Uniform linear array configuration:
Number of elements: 48
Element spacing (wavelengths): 0.25
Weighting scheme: hann
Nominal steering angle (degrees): -60
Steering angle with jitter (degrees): -59.16
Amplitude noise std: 0.05
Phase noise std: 0.05

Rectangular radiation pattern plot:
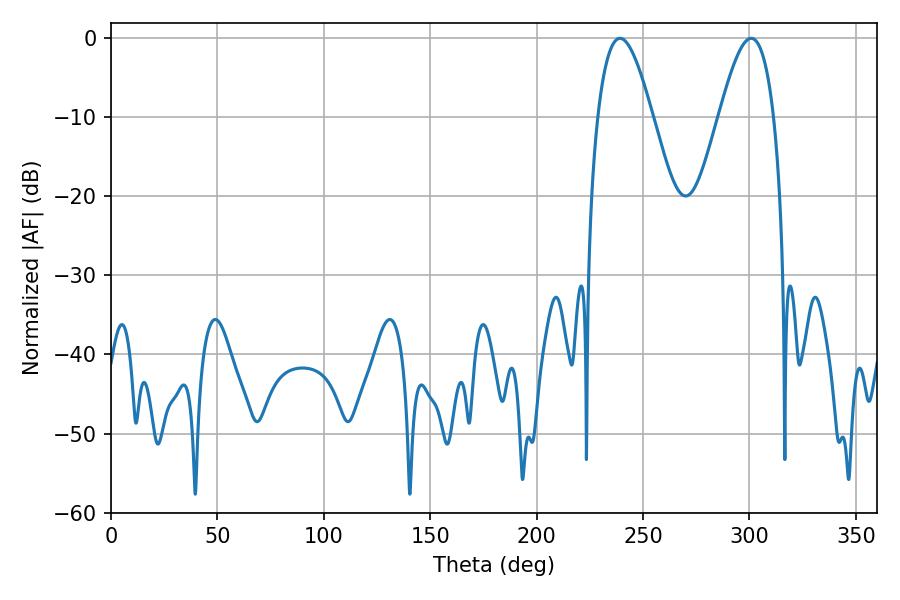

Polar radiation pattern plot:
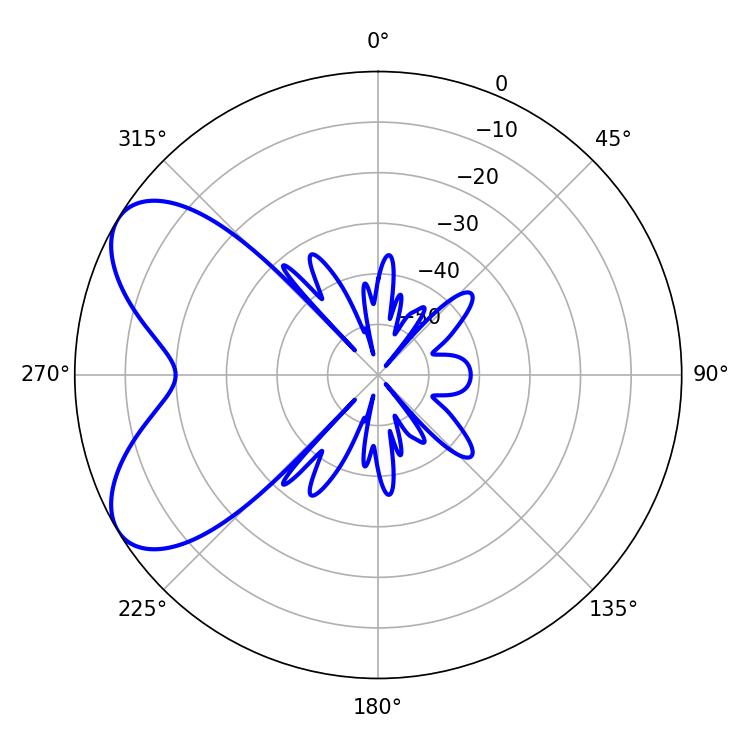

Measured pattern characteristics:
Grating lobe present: FALSE
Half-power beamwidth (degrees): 13.86
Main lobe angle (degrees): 300.78